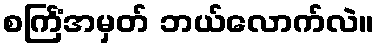
စင်္ကြံအမှတ် ဘယ်လောက်လဲ။